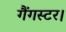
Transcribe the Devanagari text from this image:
गैंगस्टर।